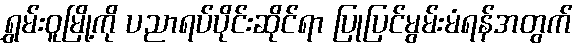
ရွှမ်းဝူမြို့ကို ပညာရပ်ပိုင်းဆိုင်ရာ ပြုပြင်မွမ်းမံရန်အတွက်